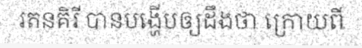
រតនគិរី បានបង្ហើបឲ្យដឹងថា ក្រោយពី